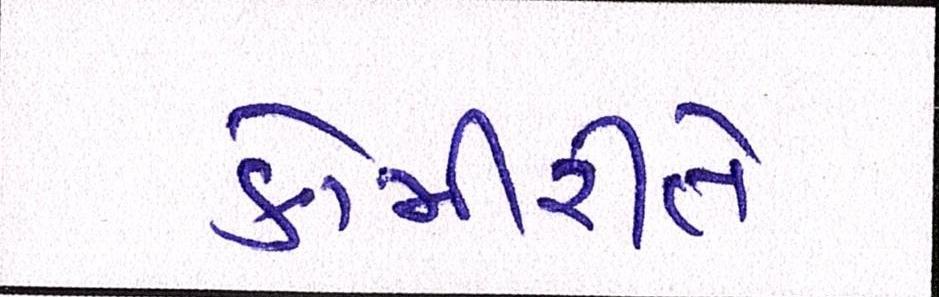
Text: કોમીરીતે